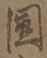
国